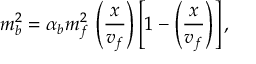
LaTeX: m _ { b } ^ { 2 } = \alpha _ { b } m _ { f } ^ { 2 } \, \left( \frac { x } { v _ { f } } \right) \left[ 1 - \left( \frac { x } { v _ { f } } \right) \right] ,